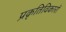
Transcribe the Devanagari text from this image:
प्रकृतिविकारों